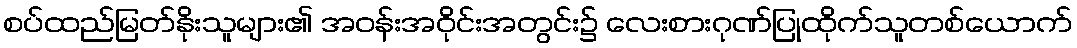
စပ်ထည်မြတ်နိုးသူများ၏ အဝန်းအဝိုင်းအတွင်း၌ လေးစားဂုဏ်ပြုထိုက်သူတစ်ယောက်